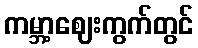
ကမ္ဘာ့ဈေးကွက်တွင်